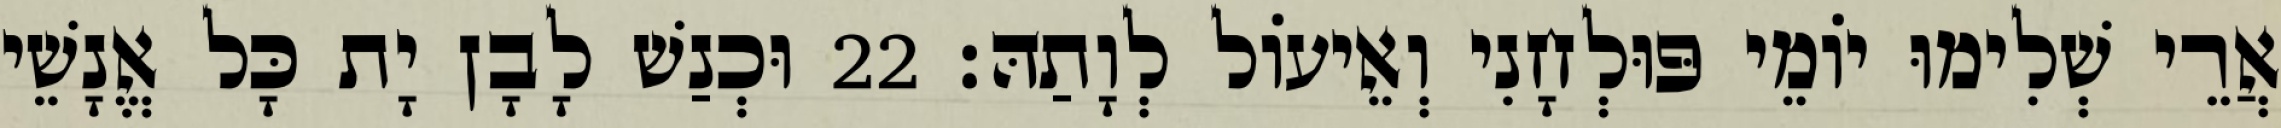
אֲרֵי שְׁלִימוּ יוֹמֵי פּוּלְחָנִי וְאֵיעוֹל לְוָתַהּ׃ 22 וּכְנַשׁ לָבָן יָת כָּל אֱנָשֵׁי